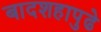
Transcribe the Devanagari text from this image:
बादशहापुढे